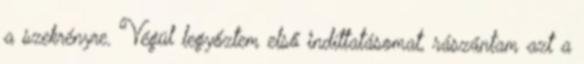
a szekrényre. Végül legyőztem első indíttatásomat, rászántam azt a